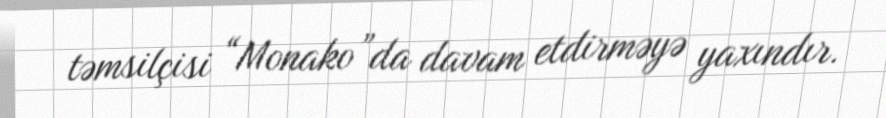
təmsilçisi “Monako”da davam etdirməyə yaxındır.